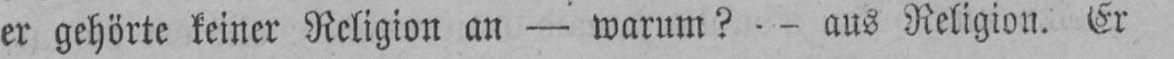
er gehörte keiner Religion an - warum? - aus Religion. Er